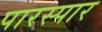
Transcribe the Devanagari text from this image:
पारस्पार